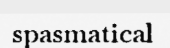
spasmatical